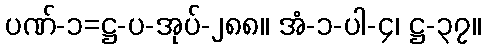
ပဏ်-၁=ဋ္ဌ-ပ-အုပ်-၂၈၈။ အံ-၁-ပါ-၄၊ ဋ္ဌ-၃၇။